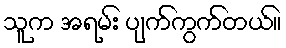
သူက အရမ်း ပျက်ကွက်တယ်။